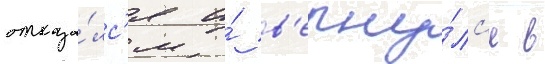
отказа́лс'я и́ в'ерну́лс'я в